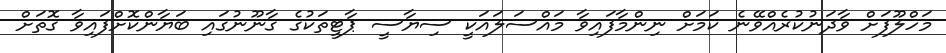
މަހްލޫފަށް ވާދަނުކުރެއްވޭނެ ކަމަށް ނިންމާފައިވާ މައްސަލައަކީ ސިޔާސީ ޕާޓީތަކުގެ ގާނޫނުގައި ބަޔާންކޮށްފައިވާ ގޮތަށް